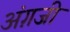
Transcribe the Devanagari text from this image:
अंग़जी